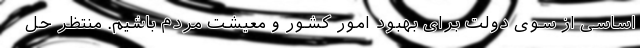
اساسی از سوی دولت برای بهبود امور کشور و معیشت مردم باشیم. منتظر حل